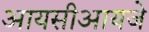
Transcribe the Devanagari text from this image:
आयसीआयजे